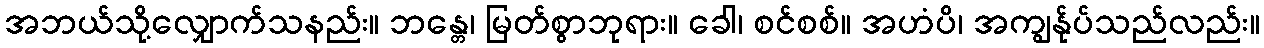
အဘယ်သို့လျှောက်သနည်း။ ဘန္တေ၊ မြတ်စွာဘုရား။ ခေါ၊ စင်စစ်။ အဟံပိ၊ အကျွန်ုပ်သည်လည်း။